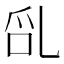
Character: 𠃭